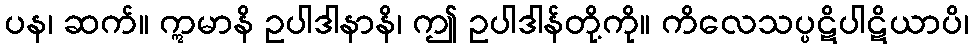
ပန၊ ဆက်။ ဣမာနိ ဥပါဒါနာနိ၊ ဤ ဥပါဒါန်တို့ကို။ ကိလေသပ္ပဋိပါဋိယာပိ၊